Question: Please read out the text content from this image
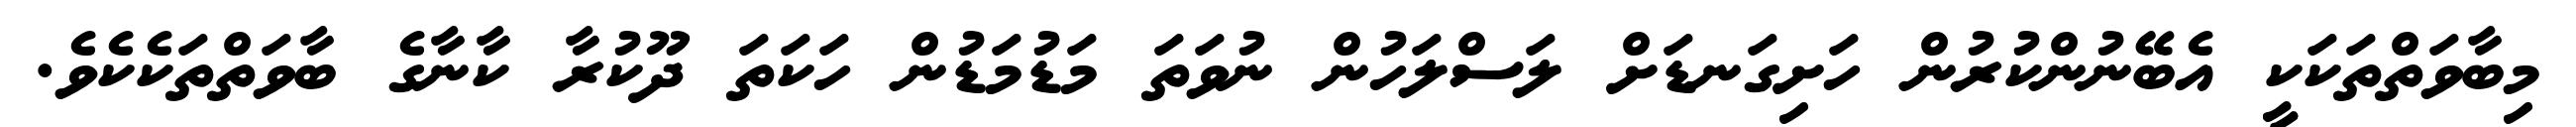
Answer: މިބާވަތްތަކަކީ އެބޭނުންކުރުން ހަށިގަނޑަށް ލަސްލަހުން ނުވަތަ މަޑުމަޑުން ހަކަތަ ދޫކުރާ ކާނާގެ ބާވަތްތަކެކެވެ.